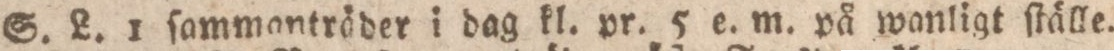
S. L. 1 ſammantröder i dag kl. pr. 5 e. m. på wanligt ſtälle.